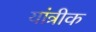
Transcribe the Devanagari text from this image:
यांत्रीक